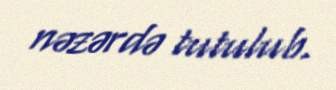
nəzərdə tutulub.